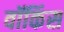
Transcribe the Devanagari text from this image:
वॉकिंस